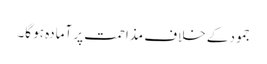
جمود کے خلاف مذاحمت پر آمادہ ہو گا۔